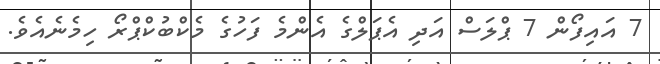
7 އައިފޯން 7 ޕްލަސް އަދި އެޕަލްގެ އެންމެ ފަހުގެ މެކްބުކްޕްރޯ ހިމެނެއެވެ.